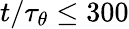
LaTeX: t/{\tau_{\theta}}\le 300